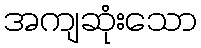
အကျဆုံးသော